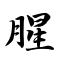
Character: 腥